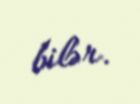
bilər.